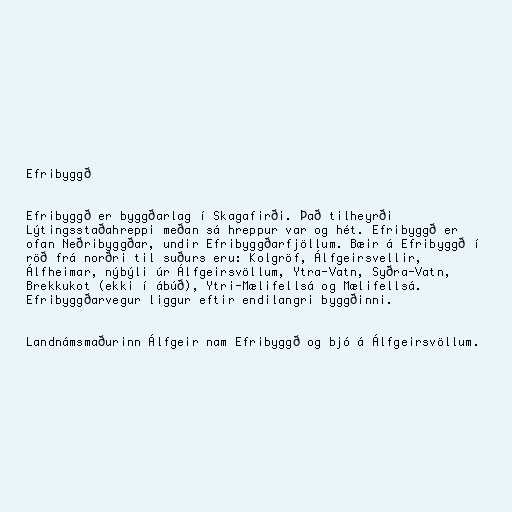
Efribyggð

Efribyggð er byggðarlag í Skagafirði. Það tilheyrði
Lýtingsstaðahreppi meðan sá hreppur var og hét. Efribyggð er
ofan Neðribyggðar, undir Efribyggðarfjöllum. Bæir á Efribyggð í
röð frá norðri til suðurs eru: Kolgröf, Álfgeirsvellir,
Álfheimar, nýbýli úr Álfgeirsvöllum, Ytra-Vatn, Syðra-Vatn,
Brekkukot (ekki í ábúð), Ytri-Mælifellsá og Mælifellsá.
Efribyggðarvegur liggur eftir endilangri byggðinni.

Landnámsmaðurinn Álfgeir nam Efribyggð og bjó á Álfgeirsvöllum.